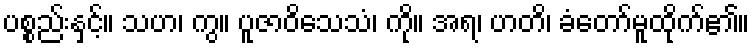
ပစ္စည်းနှင့်။ သဟ၊ ကွ။ ပူဇာဝိသေသံ၊ ကို။ အရ၊ ဟတိ၊ ခံတော်မူထိုက်၏။